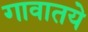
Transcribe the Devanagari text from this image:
गावातये